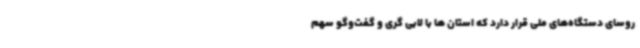
روسای دستگاه‌های ملی قرار دارد که استان ها با لابی گری و گفت‌وگو سهم